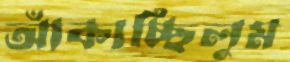
আঁকাচ্ছিলুম